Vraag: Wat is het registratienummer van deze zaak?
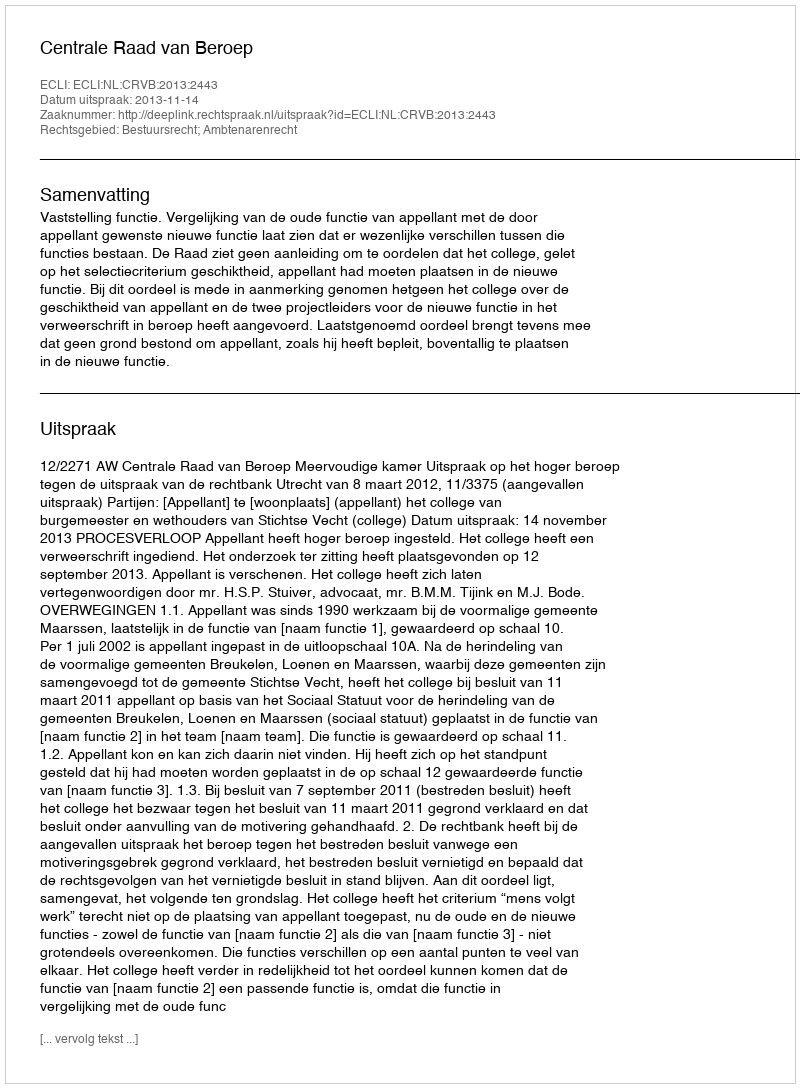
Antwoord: http://deeplink.rechtspraak.nl/uitspraak?id=ECLI:NL:CRVB:2013:2443